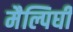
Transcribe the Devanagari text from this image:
मैल्पिघी